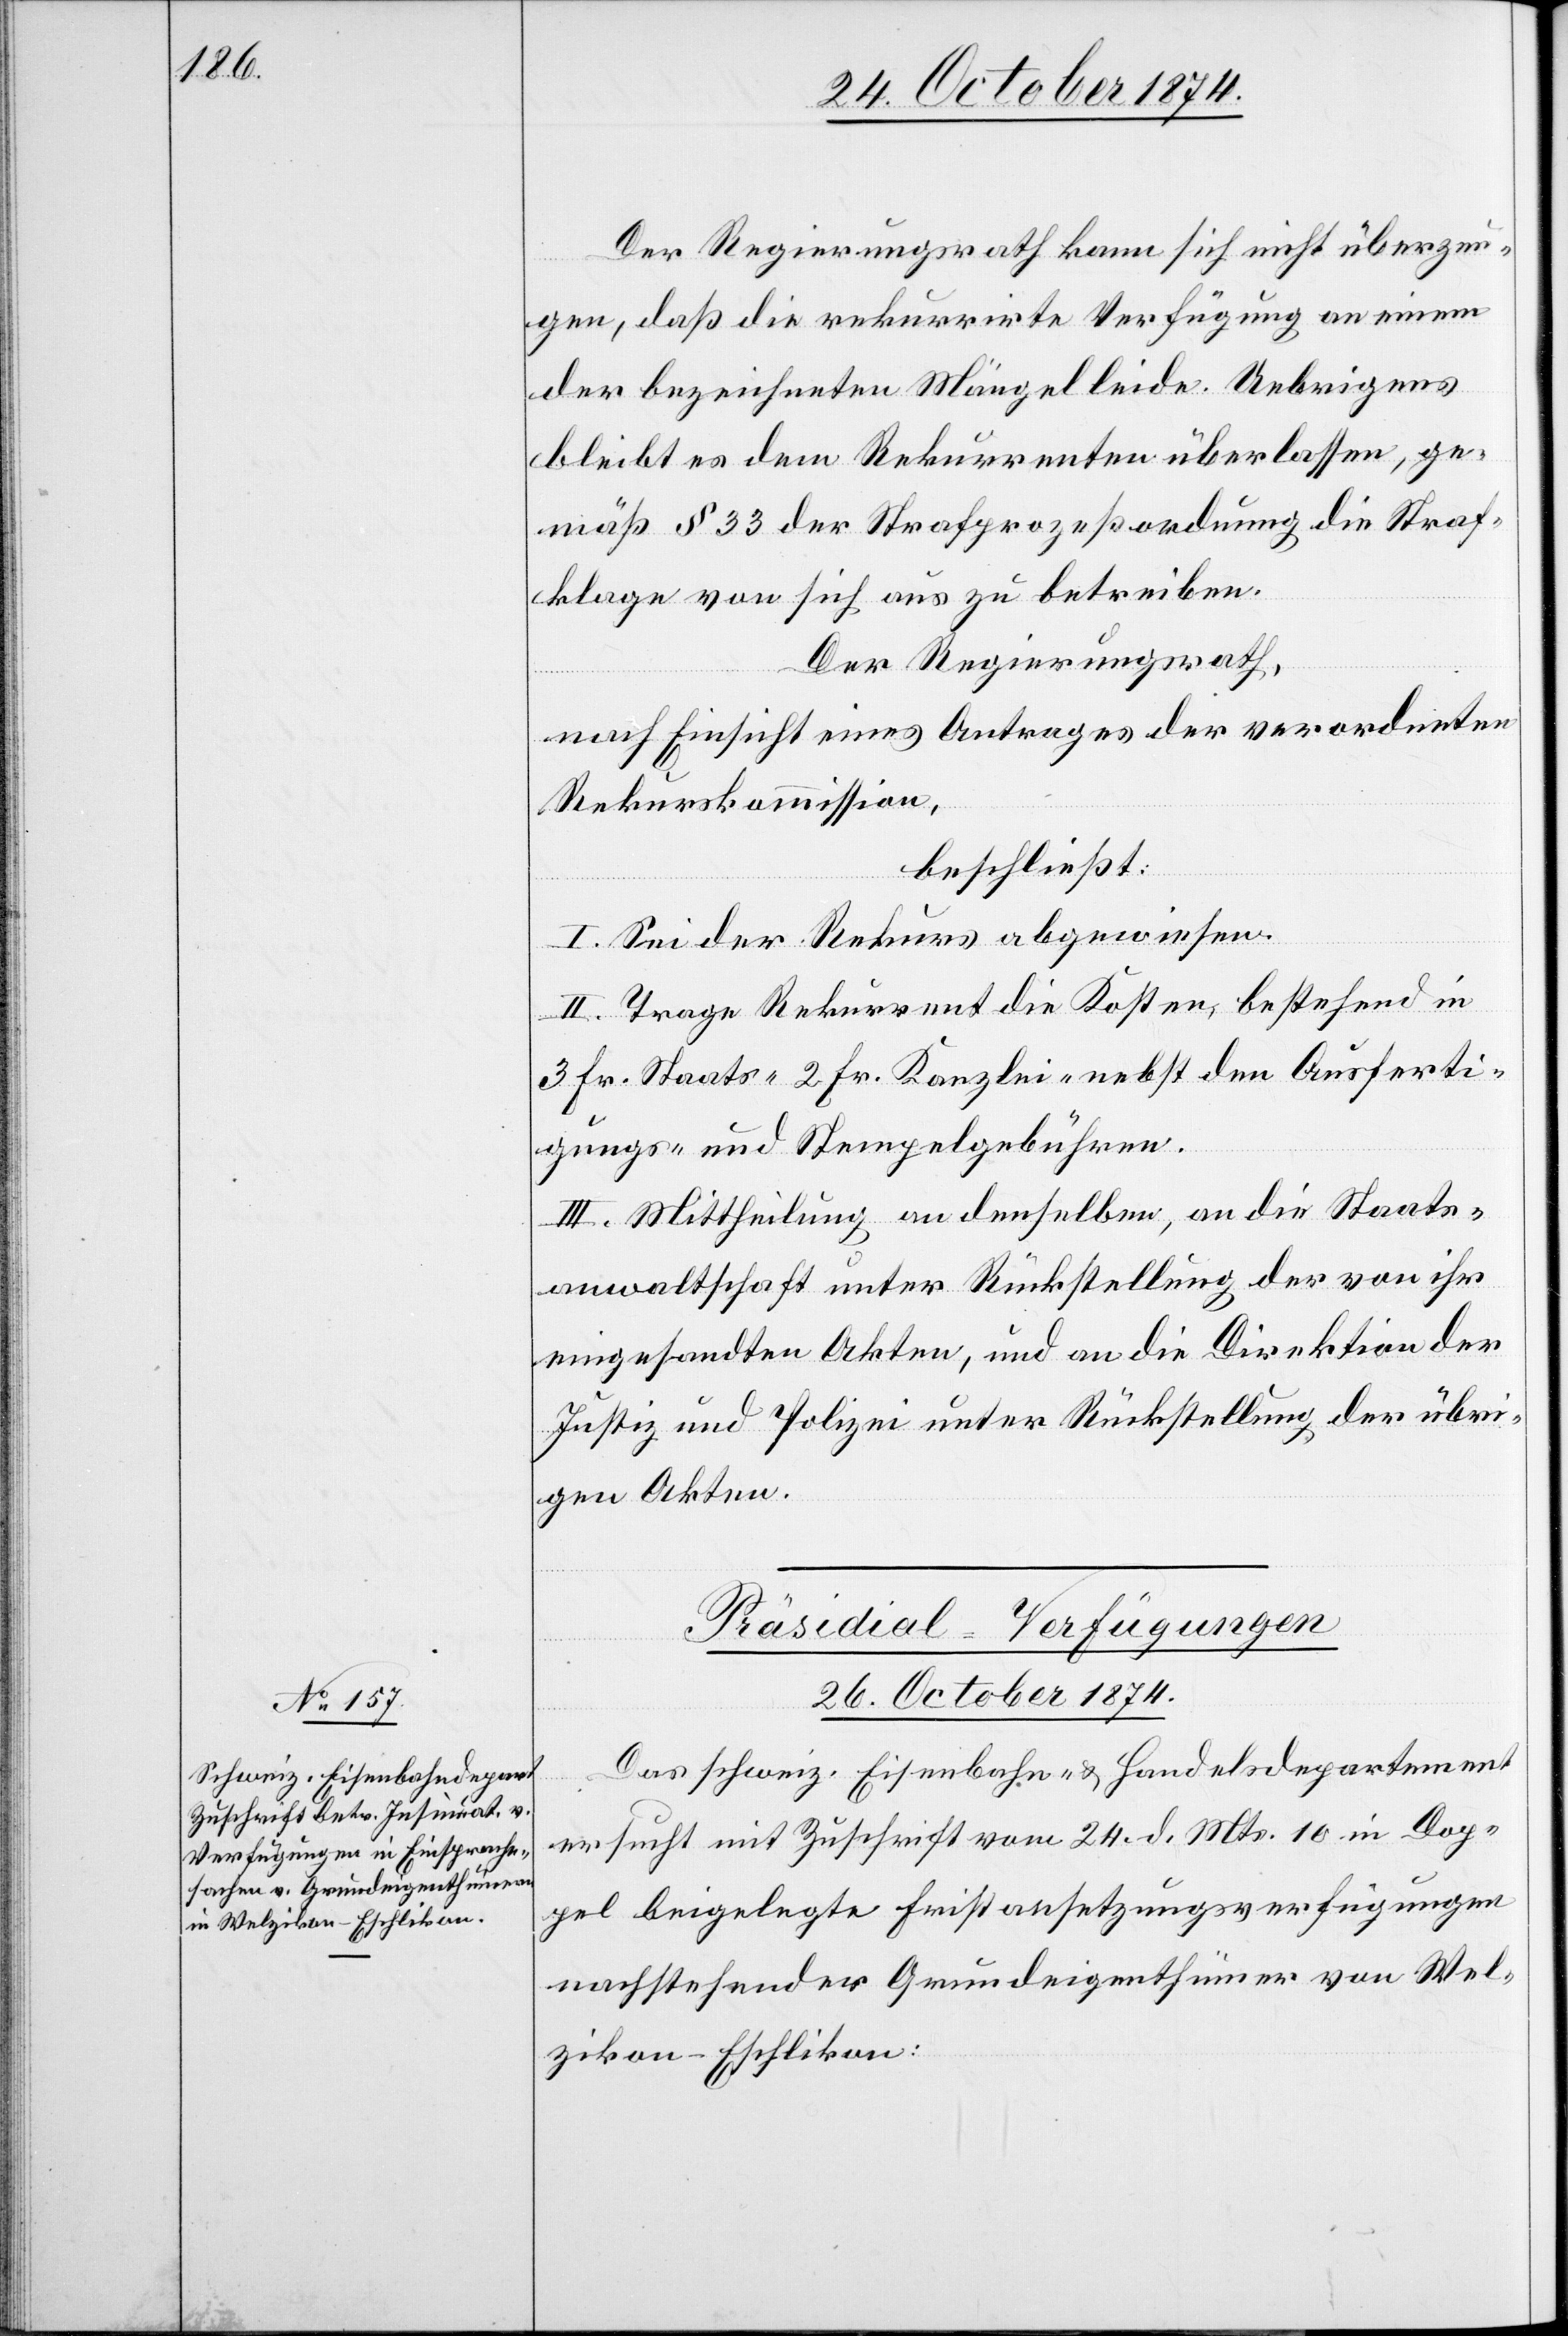
Der Regierungsrath kann sich nicht überzeu¬
gen, daß die rekurrirte Verfügung an einem
der bezeichneten Mängel leide. Uebrigens
bleibt es dem Rekurrenten überlassen, ge¬
mäß § 33 der Strafprozeßordnung die Straf¬
klage von sich aus zu betreiben.
Der Regierungsrath,
nach Einsicht eines Antrages der verordneten
Rekurskommission,
beschließt:
I. Sei der Rekurs abgewiesen.
II. Trage Rekurrent die Kosten, bestehend in
3 Fr. Staats-[,] 2 Fr. Kanzlei- nebst den Ausferti¬
gungs- und Stempelgebühren.
Präsidial-Verfügungen
26. October 1874.
Das schweiz. Eisenbahn- & Handelsdepartement
ersucht mit Zuschrift vom 24. d. Mts. 10 in Dop¬
pel beigelegte Fristansetzungsverfügungen
nachstehender Grundeigenthümer von Wel¬
zikon-Eschlikon: